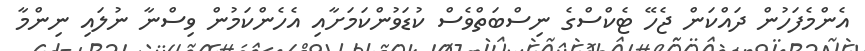
އެންމެފަހުން ދައްކަން ޖެހޭ ޓެކްސްގެ ނިސްބަތްވެސް ކުޑަވުންކަމަށާއި އެހެންކަމުން ވިސްނާ ނުލައި ނިންމާ